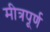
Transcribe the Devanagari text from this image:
मीत्रपूर्ण